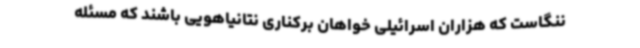
ننگاست که هزاران اسرائیلی خواهان برکناری نتانیاهویی باشند که مسئله